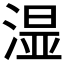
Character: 𣺯